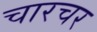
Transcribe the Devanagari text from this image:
चारचर